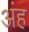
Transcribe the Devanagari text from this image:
अंह